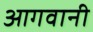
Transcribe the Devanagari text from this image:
आगवानी